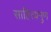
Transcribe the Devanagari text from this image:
साहित्यगुण